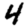
Digit: 4